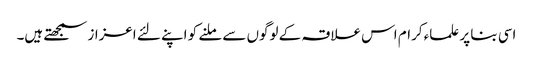
اسی بنا پر علماء کرام اس علاقہ کے لوگوں سے ملنے کو اپنے لئے اعزاز سمجھتے ہیں۔